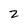
Character: 2